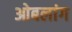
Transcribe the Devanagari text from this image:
ओबलांग